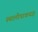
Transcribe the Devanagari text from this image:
स्थालीपाकयज्ञ